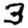
Digit: 3